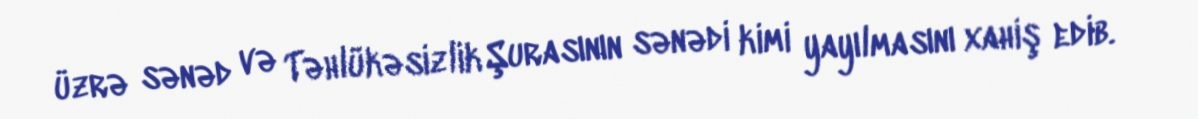
üzrə sənəd və Təhlükəsizlik Şurasının sənədi kimi yayılmasını xahiş edib.